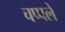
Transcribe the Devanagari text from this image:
चप्‍पलें